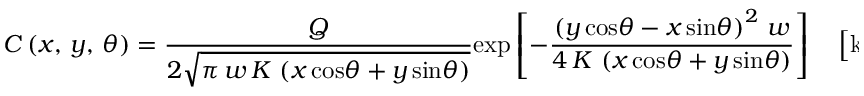
C \left( x , \, y , \, \theta \right) = \frac { Q } { 2 \sqrt { \pi \, w \, K \, \left( x \, \mathrm { c o s } \theta + y \, \mathrm { s i n } \theta \right) } } \mathrm { e x p } \left[ - \frac { \left( y \, \mathrm { c o s } \theta - x \, \mathrm { s i n } \theta \right) ^ { 2 } \, w } { 4 \, K \, \left( x \, \mathrm { c o s } \theta + y \, \mathrm { s i n } \theta \right) } \right] \quad \left[ \mathrm { k g } \, \mathrm { m } ^ { - 2 } \right] ,